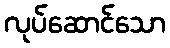
လုပ်ဆောင်သော